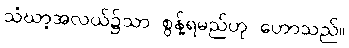
သံဃာ့အလယ်၌သာ စွန့်ရမည်ဟု ဟောသည်။